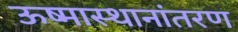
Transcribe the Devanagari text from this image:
ऊष्मास्थानांतरण